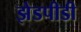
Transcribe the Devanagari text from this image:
झेडपीडी